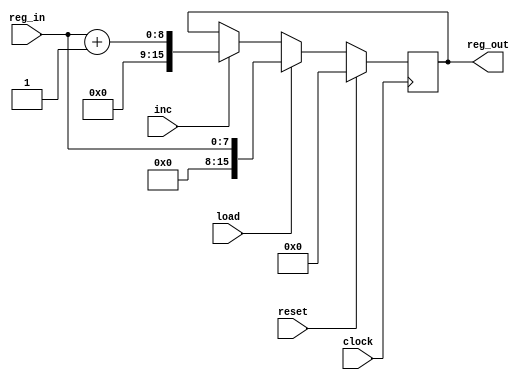
module pc(clock, inc, load, reset, reg_in, reg_out);
    input clock, inc, load, reset;  // inputs clock, increment, load and reset(active high)
    input [7:0] reg_in;     // 8 bit input to the program counter
    output [15:0] reg_out;    //8 bit output from the program counter

    always @(posedge clock) begin       //clocked priority logic
        if(reset) begin
            reg_out <= 0;
        end
        else if(load) begin
            reg_out <= reg_in;
        end
        else if(inc) begin
            reg_out <= reg_in+1;
        end
    end
endmodule